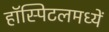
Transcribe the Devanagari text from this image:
हॉस्पिटलमध्यें